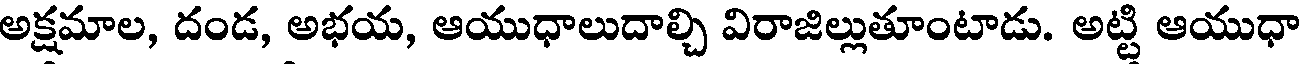
అక్షమాల, దండ, అభయ, ఆయుధాలుదాల్చి విరాజిల్లుతూంటాడు. అట్టి ఆయుధా